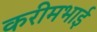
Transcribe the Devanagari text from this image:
करीमभाई